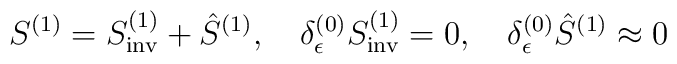
S^{(1)}=S^{(1)}_{\mathrm{inv}}+\hat S^{(1)},\quad\delta^{(0)}_\epsilon S^{(1)}_{\mathrm{inv}}=0,\quad\delta^{(0)}_\epsilon \hat S^{(1)}\approx 0